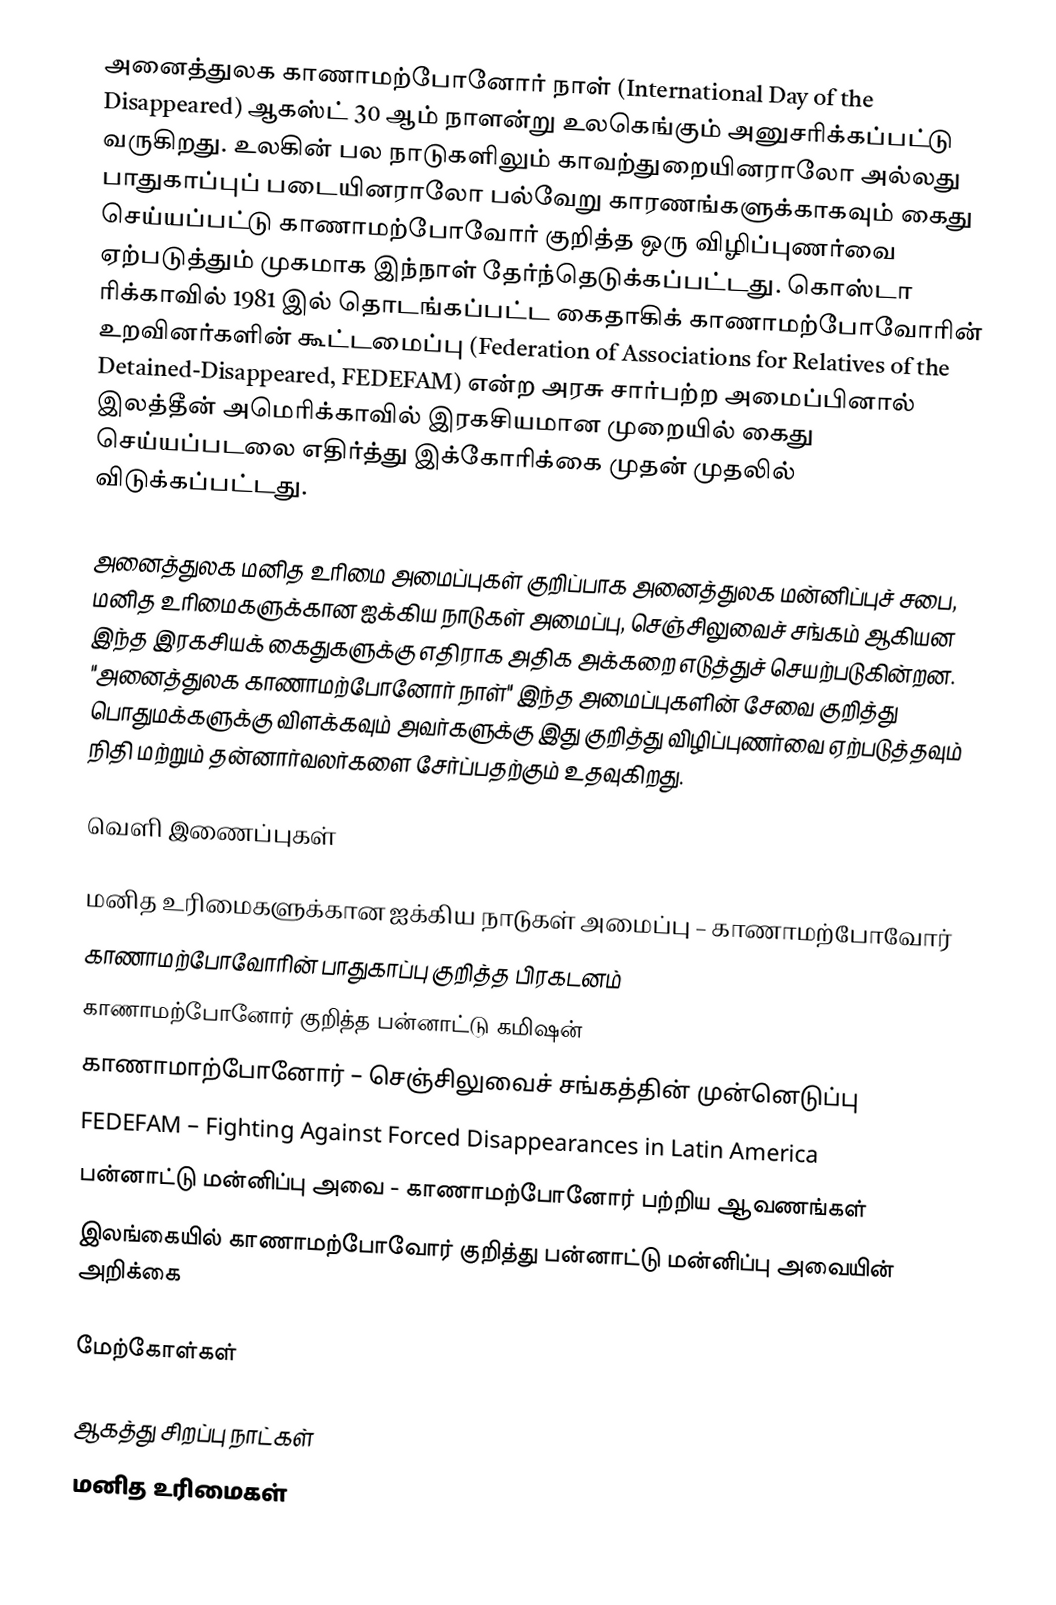
அனைத்துலக காணாமற்போனோர் நாள் (International Day of the Disappeared) ஆகஸ்ட் 30 ஆம் நாளன்று உலகெங்கும் அனுசரிக்கப்பட்டு வருகிறது. உலகின் பல நாடுகளிலும் காவற்துறையினராலோ அல்லது பாதுகாப்புப் படையினராலோ பல்வேறு காரணங்களுக்காகவும் கைது செய்யப்பட்டு காணாமற்போவோர் குறித்த ஒரு விழிப்புணர்வை ஏற்படுத்தும் முகமாக இந்நாள் தேர்ந்தெடுக்கப்பட்டது. கொஸ்டா ரிக்காவில் 1981 இல் தொடங்கப்பட்ட கைதாகிக் காணாமற்போவோரின் உறவினர்களின் கூட்டமைப்பு (Federation of Associations for Relatives of the Detained-Disappeared, FEDEFAM) என்ற அரசு சார்பற்ற அமைப்பினால் இலத்தீன் அமெரிக்காவில் இரகசியமான முறையில் கைது செய்யப்படலை எதிர்த்து இக்கோரிக்கை முதன் முதலில் விடுக்கப்பட்டது.

அனைத்துலக மனித உரிமை அமைப்புகள் குறிப்பாக அனைத்துலக மன்னிப்புச் சபை, மனித உரிமைகளுக்கான ஐக்கிய நாடுகள் அமைப்பு, செஞ்சிலுவைச் சங்கம் ஆகியன இந்த இரகசியக் கைதுகளுக்கு எதிராக அதிக அக்கறை எடுத்துச் செயற்படுகின்றன. "அனைத்துலக காணாமற்போனோர் நாள்" இந்த அமைப்புகளின் சேவை குறித்து பொதுமக்களுக்கு விளக்கவும் அவர்களுக்கு இது குறித்து விழிப்புணர்வை ஏற்படுத்தவும் நிதி மற்றும் தன்னார்வலர்களை சேர்ப்பதற்கும் உதவுகிறது.

வெளி இணைப்புகள்

 மனித உரிமைகளுக்கான ஐக்கிய நாடுகள் அமைப்பு – காணாமற்போவோர்
 காணாமற்போவோரின் பாதுகாப்பு குறித்த பிரகடனம்
 காணாமற்போனோர் குறித்த பன்னாட்டு கமிஷன்
 காணாமாற்போனோர் – செஞ்சிலுவைச் சங்கத்தின் முன்னெடுப்பு
 FEDEFAM – Fighting Against Forced Disappearances in Latin America
 பன்னாட்டு மன்னிப்பு அவை - காணாமற்போனோர் பற்றிய ஆவணங்கள்
 இலங்கையில் காணாமற்போவோர் குறித்து பன்னாட்டு மன்னிப்பு அவையின் அறிக்கை

மேற்கோள்கள்

ஆகத்து சிறப்பு நாட்கள்
மனித உரிமைகள்